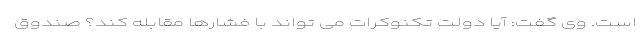
است. وی گفت: آیا دولت تکنوکرات می تواند با فشارها مقابله کند؟ صندوق